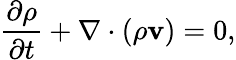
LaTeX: {\frac{\partial\rho}{\partial t}}+\nabla\cdot(\rho\mathbf{v})=0,